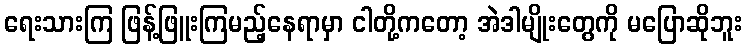
ရေးသားကြ ဖြန့်ဖြူးကြမည့်နေရာမှာ ငါတို့ကတော့ အဲဒါမျိုးတွေကို မပြောဆိုဘူး